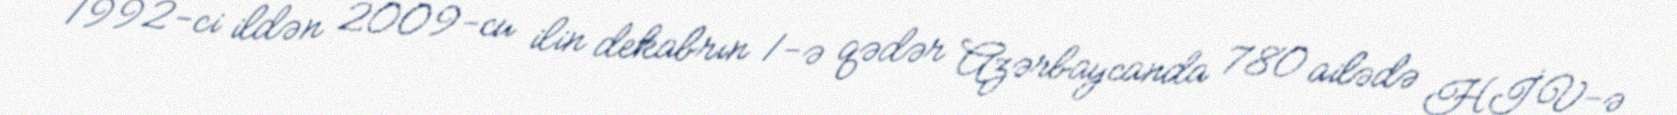
1992-ci ildən 2009-cu ilin dekabrın 1-ə qədər Azərbaycanda 780 ailədə HİV-ə